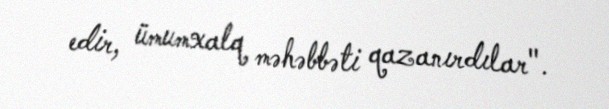
edir, ümumxalq məhəbbəti qazanırdılar".